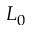
L _ { 0 }